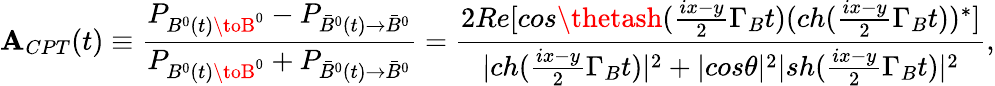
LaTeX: \mathbf{A}_{CPT}(t)\equiv\frac{{P_{B^{0}(t)\toB^{0}}-P_{\bar{{B}}^{0}(t)\to\bar{{B}}^{0}}}}{{P_{B^{0}(t)\toB^{0}}+P_{\bar{{B}}^{0}(t)\to\bar{{B}}^{0}}}}=\frac{{2Re[cos\thetash(\frac{{ix-y}}{{2}}\Gamma_{B}t)(ch(\frac{{ix-y}}{{2}}\Gamma_{B}t))^{*}]}}{{|ch(\frac{{ix-y}}{{2}}\Gamma_{B}t)|^{2}+|cos\theta|^{2}|sh(\frac{{ix-y}}{{2}}\Gamma_{B}t)|^{2}}},